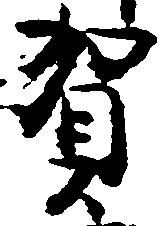
賀